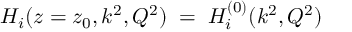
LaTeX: H _ { i } ( z = z _ { 0 } , k ^ { 2 } , Q ^ { 2 } ) \; = \; H _ { i } ^ { ( 0 ) } ( k ^ { 2 } , Q ^ { 2 } )